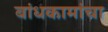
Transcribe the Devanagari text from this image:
बांधकामांचा